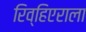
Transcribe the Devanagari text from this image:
रिव्हिएराला